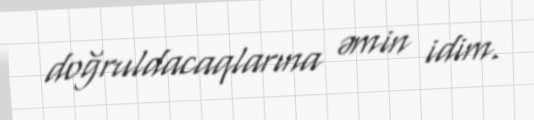
doğruldacaqlarına əmin idim.